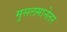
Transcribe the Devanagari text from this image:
मुसलमानेतर